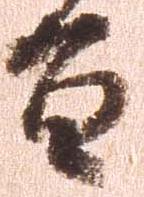
百